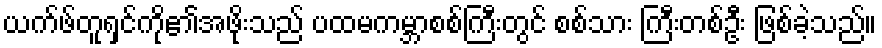
ယက်ဖ်တူရှင်ကို၏အဖိုးသည် ပထမကမ္ဘာစစ်ကြီးတွင် စစ်သား ကြီးတစ်ဦး ဖြစ်ခဲ့သည်။